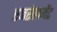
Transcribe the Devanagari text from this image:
एनरोलमेंट